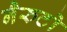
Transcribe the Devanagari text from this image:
नैरुटो